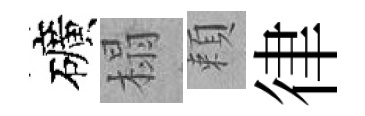
礦榻頼律